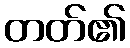
တတ်၏